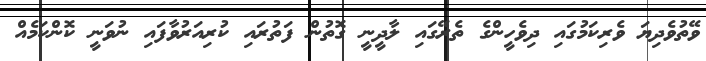
ވޭތުވެދިޔަ ވެރިކަމުގައި ދިވެހީންގެ ތެރޭގައި ލާދީނީ ގޮތުން ފަތުރައި ކުރިއަރުވާފައި ނުވަނީ ކޮންކަމެއް